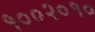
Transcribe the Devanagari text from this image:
१००२०१०